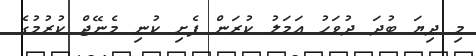
މި ދިޔަ ބުދަ ދުވަހު އަމަލު ކުރަން ފެށި ކުނި މެނޭޖް ކުރުމުގެ